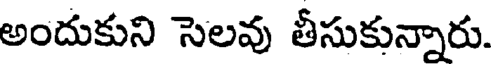
అందుకుని సెలవు తీసుకున్నారు.